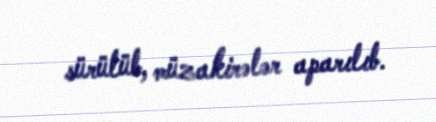
sürülüb, müzakirələr aparılıb.